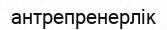
антрепренерлік